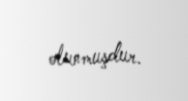
olunmuşdur.